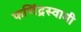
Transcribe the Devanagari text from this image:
फणिंद्रस्वामी